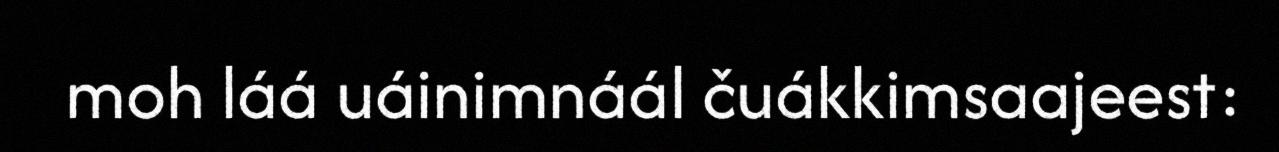
moh láá uáinimnáál čuákkimsaajeest: